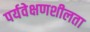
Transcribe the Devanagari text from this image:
पर्यवेक्षणशीलता